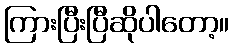
ကြားပြီးပြီဆိုပါတော့။